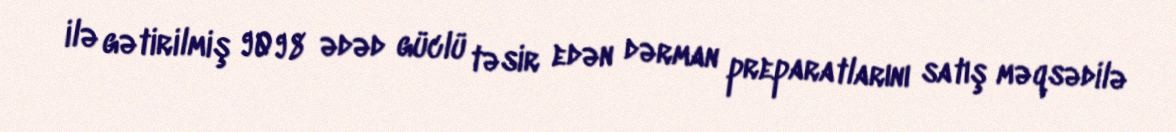
ilə gətirilmiş 9098 ədəd güclü təsir edən dərman preparatlarını satış məqsədilə